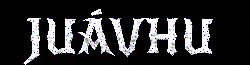
JUÁVHU